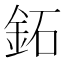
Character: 鉐